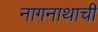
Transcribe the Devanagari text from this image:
नागनाथाची